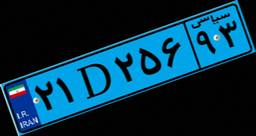
۲۱D۲۵۶۹۳